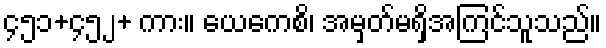
၄၅၁+၄၅၂+ ကား။ ယေကေစိ၊ အမှတ်မရှိအကြင်သူသည်။